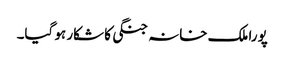
پورا ملک خانہ جنگی کا شکار ہو گیا۔